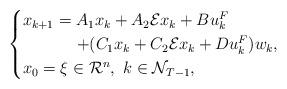
LaTeX: \begin{align*}\begin{cases}x_{k+1}=A_1x_k+A_2\mathcal{E}x_k+Bu^F_k\\\ \ \ \ \ \ \ \ \ \ +(C_1x_k+C_2\mathcal {E}x_k+Du^F_k)w_k,\\x_0=\xi\in {\mathcal R}^n, \ k\in {\mathcal N}_{T-1},\end{cases}\end{align*}